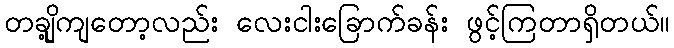
တချို့ကျတော့လည်း လေးငါးခြောက်ခန်း ဖွင့်ကြတာရှိတယ်။